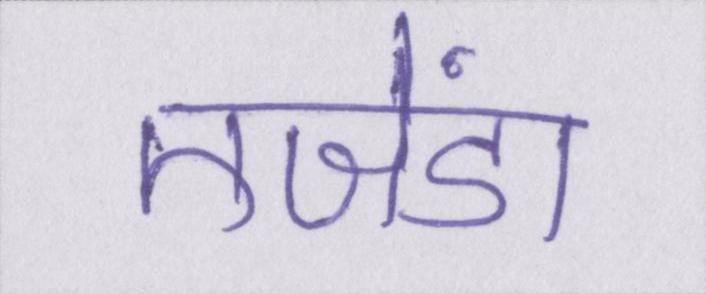
एजेंडा